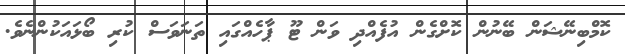
ކޮމްބިނޭޝަން ބޭނުން ކޮށްގެން އުފެއްދި ވަން ޓޫ ޕާހެއްގައި ތަނަވަސް ކުރި ބޯޅައަކުންނެވެ.